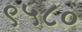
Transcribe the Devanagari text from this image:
९५८०